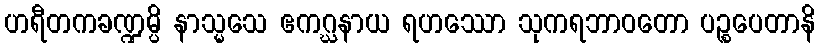
ဟရီတကခဏ္ဍမ္ပိ နာသ္မသေ ဧကဂ္ဃနာယ ရဟဿော သုကရဘာဝတော ပဉ္စပေတာနိ